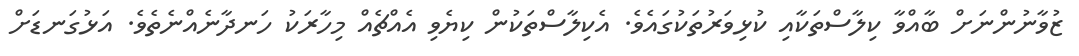
ޒުވާނުންނަށް ބާއްވާ ކިލާސްތަކާއި ކުޅިވަރުތަކުގައެވެ. އެކިލާސްތަކުން ކިޔެވި އެއްޗެއް މިހާރަކު ހަނދާނެއްނެތެވެ. އަޅުގަނޑަށް